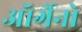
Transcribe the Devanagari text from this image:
ऑर्गेनो